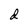
Character: d